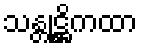
သန္တုဋ္ဌိကထာ